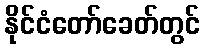
နိုင်ငံတော်ခေတ်တွင်